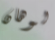
لوهان